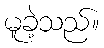
မူခဲ့သည်။